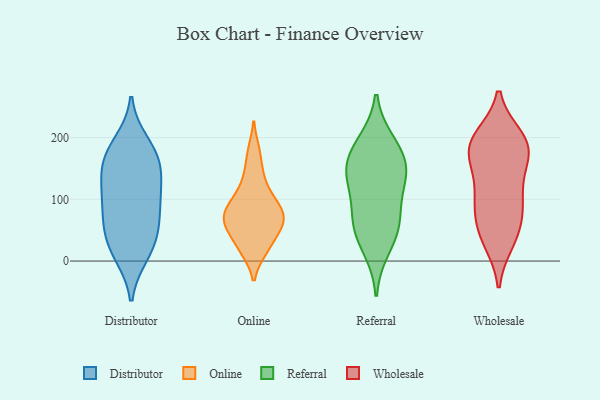
{"axis": {"x": "Market Share (%)", "y": "Value"}, "legend": ["Distributor", "Online", "Referral", "Wholesale"], "data": [{"x": "", "y": 71, "type": "Distributor"}, {"x": "", "y": 13, "type": "Distributor"}, {"x": "", "y": 100, "type": "Distributor"}, {"x": "", "y": 130, "type": "Distributor"}, {"x": "", "y": 166, "type": "Distributor"}, {"x": "", "y": 32, "type": "Distributor"}, {"x": "", "y": 98, "type": "Distributor"}, {"x": "", "y": 11, "type": "Distributor"}, {"x": "", "y": 191, "type": "Distributor"}, {"x": "", "y": 152, "type": "Distributor"}, {"x": "", "y": 179, "type": "Distributor"}, {"x": "", "y": 60, "type": "Distributor"}, {"x": "", "y": 160, "type": "Distributor"}, {"x": "", "y": 115, "type": "Distributor"}, {"x": "", "y": 48, "type": "Distributor"}, {"x": "", "y": 178, "type": "Online"}, {"x": "", "y": 45, "type": "Online"}, {"x": "", "y": 97, "type": "Online"}, {"x": "", "y": 82, "type": "Online"}, {"x": "", "y": 86, "type": "Online"}, {"x": "", "y": 63, "type": "Online"}, {"x": "", "y": 53, "type": "Online"}, {"x": "", "y": 17, "type": "Online"}, {"x": "", "y": 77, "type": "Online"}, {"x": "", "y": 142, "type": "Online"}, {"x": "", "y": 60, "type": "Online"}, {"x": "", "y": 18, "type": "Online"}, {"x": "", "y": 118, "type": "Online"}, {"x": "", "y": 62, "type": "Referral"}, {"x": "", "y": 51, "type": "Referral"}, {"x": "", "y": 140, "type": "Referral"}, {"x": "", "y": 160, "type": "Referral"}, {"x": "", "y": 139, "type": "Referral"}, {"x": "", "y": 103, "type": "Referral"}, {"x": "", "y": 193, "type": "Referral"}, {"x": "", "y": 185, "type": "Referral"}, {"x": "", "y": 20, "type": "Referral"}, {"x": "", "y": 144, "type": "Referral"}, {"x": "", "y": 65, "type": "Referral"}, {"x": "", "y": 194, "type": "Wholesale"}, {"x": "", "y": 200, "type": "Wholesale"}, {"x": "", "y": 161, "type": "Wholesale"}, {"x": "", "y": 174, "type": "Wholesale"}, {"x": "", "y": 32, "type": "Wholesale"}, {"x": "", "y": 99, "type": "Wholesale"}, {"x": "", "y": 188, "type": "Wholesale"}, {"x": "", "y": 70, "type": "Wholesale"}, {"x": "", "y": 153, "type": "Wholesale"}, {"x": "", "y": 196, "type": "Wholesale"}, {"x": "", "y": 41, "type": "Wholesale"}, {"x": "", "y": 187, "type": "Wholesale"}, {"x": "", "y": 41, "type": "Wholesale"}, {"x": "", "y": 92, "type": "Wholesale"}, {"x": "", "y": 92, "type": "Wholesale"}, {"x": "", "y": 120, "type": "Wholesale"}]}